Vaccination in Bombay 1874-1876 - 1874-1876
Year: 1874
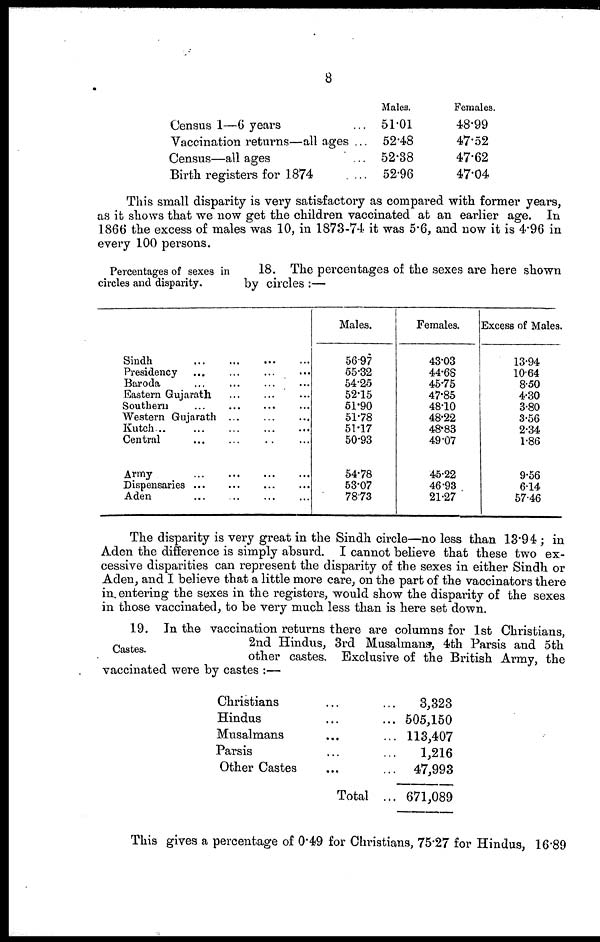
8
Census 1—6 years ...
Vaccination returns—all ages ...
Census—all ages ...
Birth registers for 1874 ...
Males.
51.01
52.48
52.38
52.96
Females.
48.99
47.52
47.62
47.04
This small disparity is very satisfactory as compared with former years,
as it shows that we now get the children vaccinated at an earlier age. In
1866 the excess of males was 10, in 1873-74 it was 5.6, and now it is 4.96 in
every 100 persons.
Percentages of sexes in
circles and disparity.
18. The percentages of the sexes are here shown
by circles :—
Sindh
...
...
...
...
...
Presidency ... ... ... ...
Baroda ... ... ... ...
Eastern Gujarath
...
...
...
Southern ... ... ... ...
Western Gujarath ... ... ... ...
Kutch ... ... ... ... ...
Central ... ... ... ...
Army...
...
...
...
Dispensaries
...
...
...
...
Aden ... ... ... ...
Males.
56.97
55.32
54.25
52.15
51.90
51.78
51.17
50.93
54.78
53.07
78.73
Females.
43.03
44.68
45.75
47.85
48.10
48.22
48.83
49.07
45.22
46.93
21.27
Excess of Males.
13.94
10.64
8.50
4.30
3.80
3.56
2.34
1.86
9.56
6.14
57.46
The disparity is very great in the Sindh circle—no less than 13.94 ; in
Aden the difference is simply absurd. I cannot believe that these two ex-
cessive disparities can represent the disparity of the sexes in either Sindh or
Aden, and I believe that a little more care, on the part of the vaccinators there
in. entering the sexes in the registers, would show the disparity of the sexes
in those vaccinated, to be very much less than is here set down.
Castes.
19. In the vaccination returns there are columns for 1st Christians,
2nd Hindus, 3rd Musalmans, 4th Parsis and 5th
other castes. Exclusive of the British Army, the
vaccinated were by castes :—
Christians ... ...
Hindus ... ...
Musalmans ... ...
Parsis ... ...
Other Castes ... ...
Total ...
3,323
505,150
113,407
1,216
47,993
671,089
This gives a percentage of 0.49 for Christians, 75.27 for Hindus, 16.89